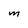
Character: M